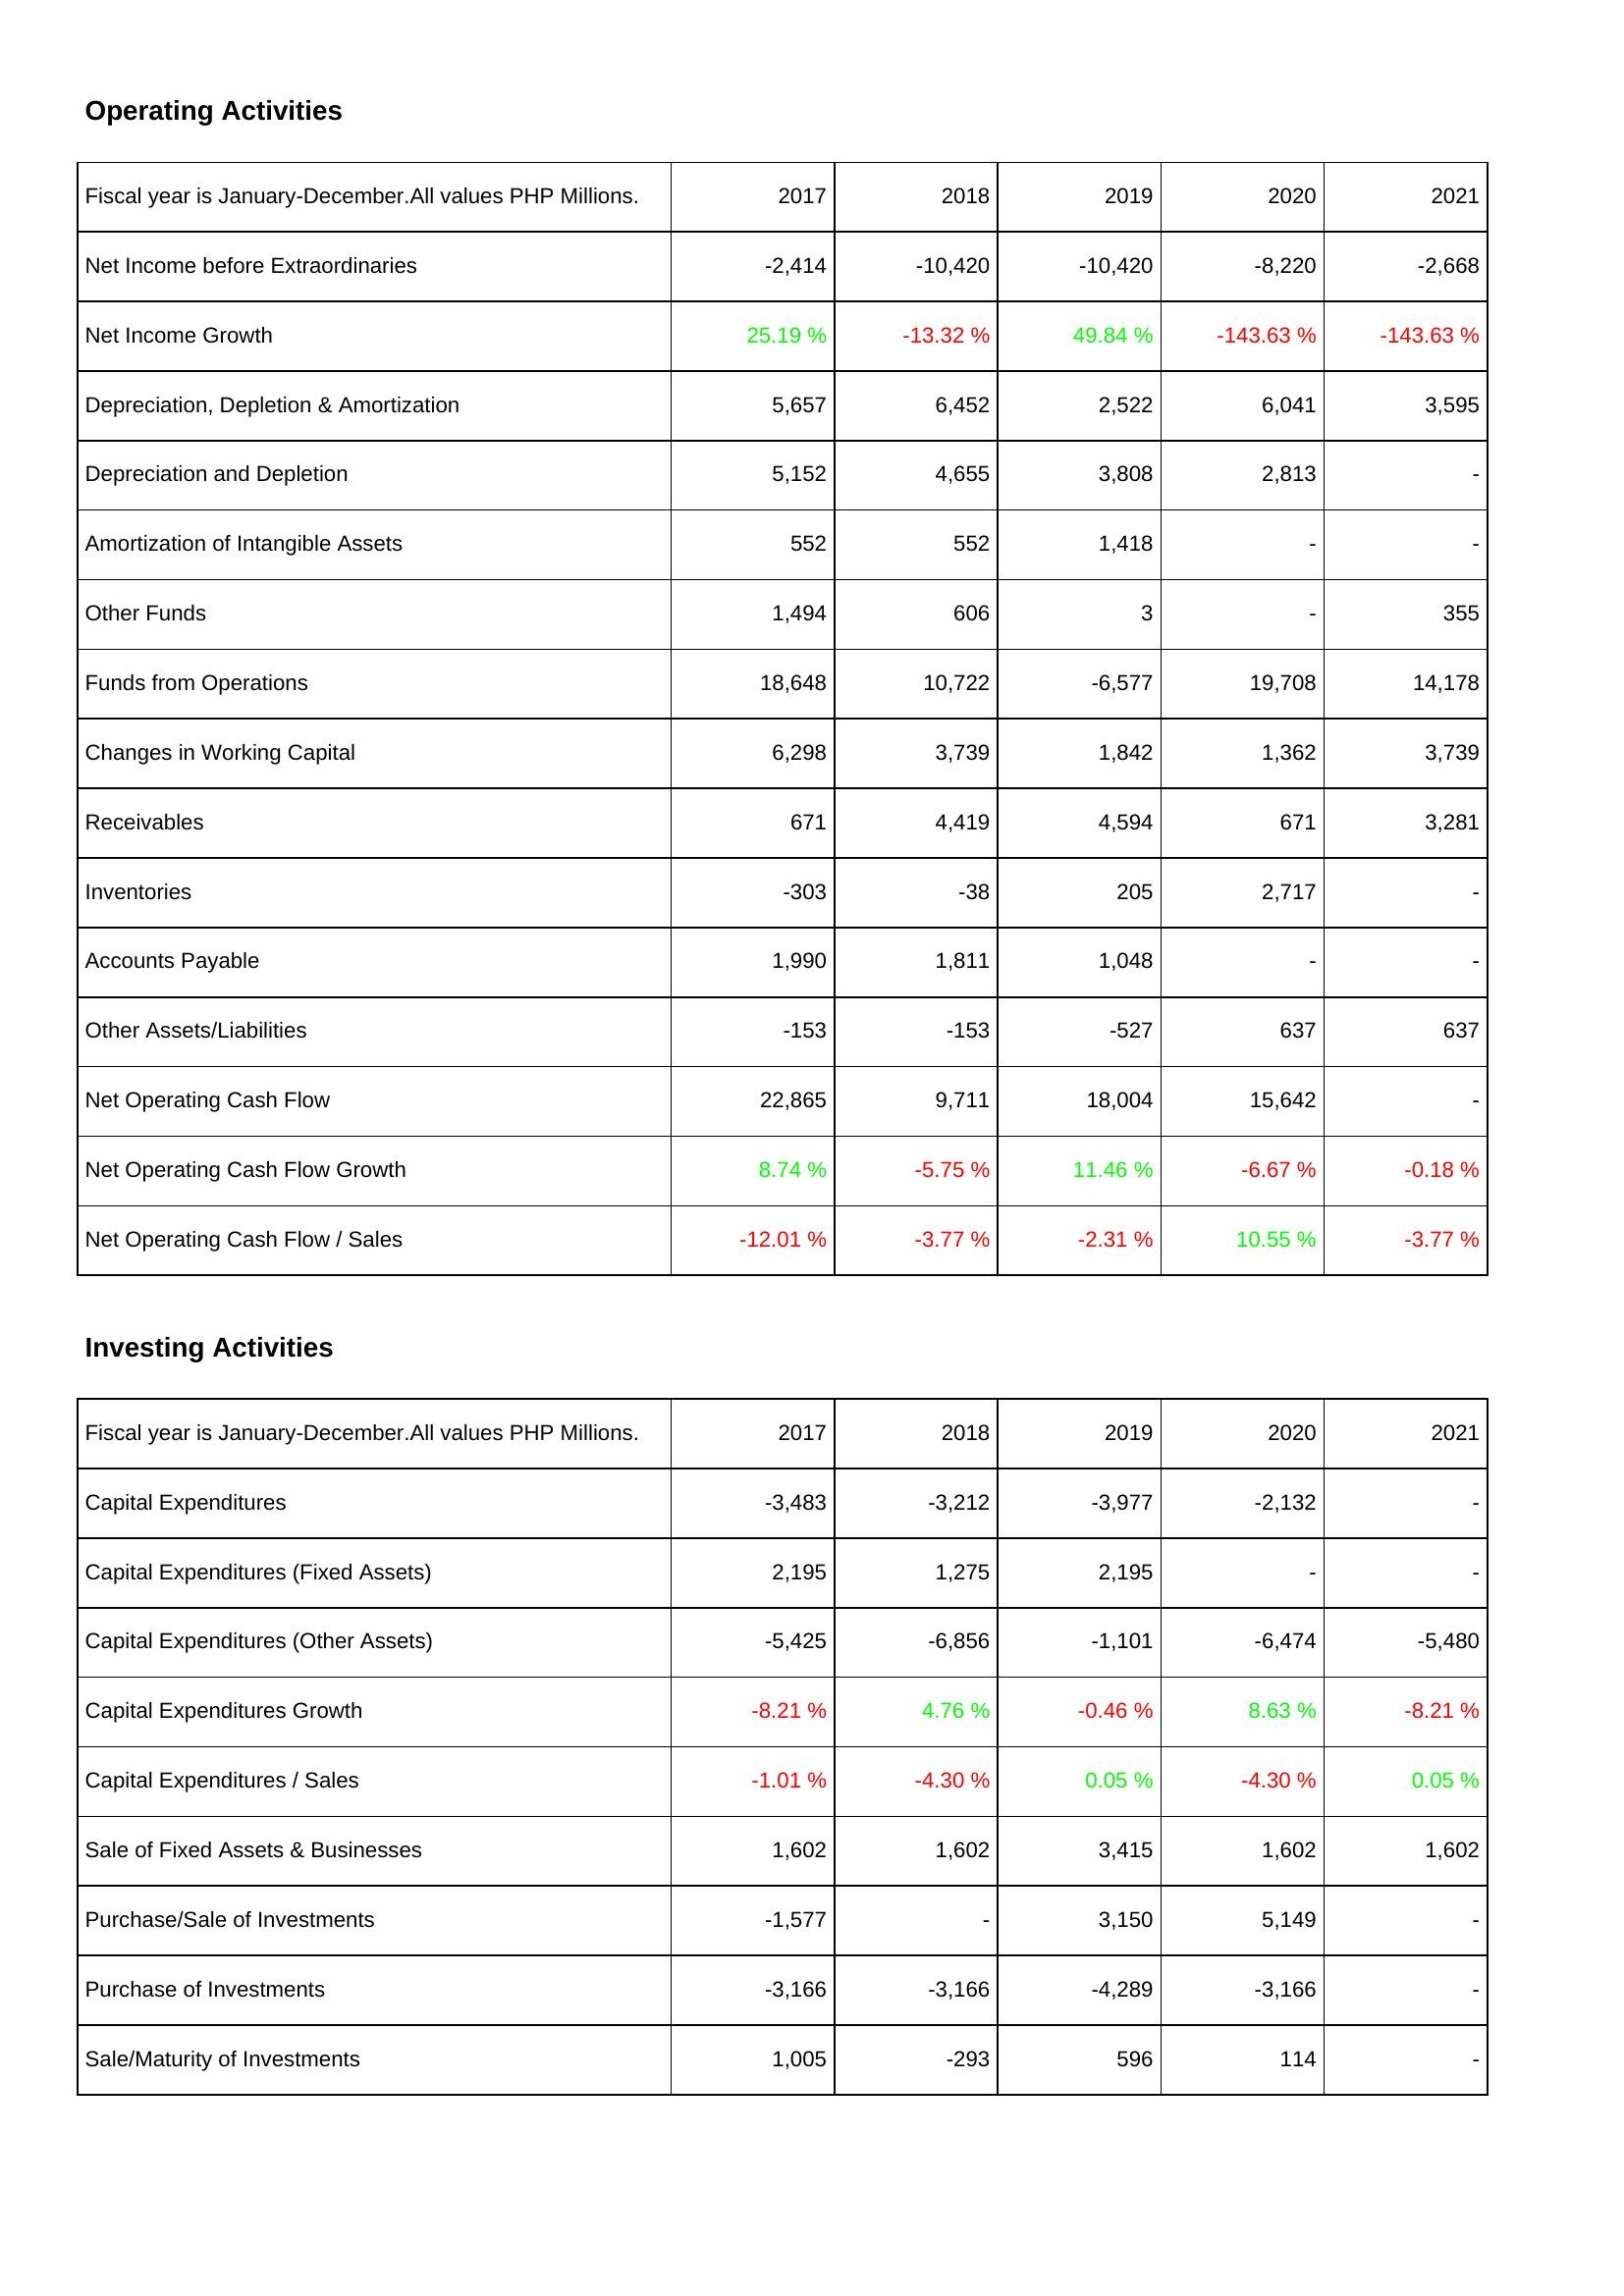
2017: Operating Activities: Net Income before Extraordinaries: -2,414
Net Income Growth: 25.19 %
Depreciation, Depletion & Amortization: 5,657
Depreciation and Depletion: 5,152
Amortization of Intangible Assets: 552
Other Funds: 1,494
Funds from Operations: 18,648
Changes in Working Capital: 6,298
Receivables: 671
Inventories: -303
Accounts Payable: 1,990
Other Assets/Liabilities: -153
Net Operating Cash Flow: 22,865
Net Operating Cash Flow Growth: 8.74 %
Net Operating Cash Flow / Sales: -12.01 %
Investing Activities: Capital Expenditures: -3,483
Capital Expenditures (Fixed Assets): 2,195
Capital Expenditures (Other Assets): -5,425
Capital Expenditures Growth: -8.21 %
Capital Expenditures / Sales: -1.01 %
Sale of Fixed Assets & Businesses: 1,602
Purchase/Sale of Investments: -1,577
Purchase of Investments: -3,166
Sale/Maturity of Investments: 1,005
2018: Operating Activities: Net Income before Extraordinaries: -10,420
Net Income Growth: -13.32 %
Depreciation, Depletion & Amortization: 6,452
Depreciation and Depletion: 4,655
Amortization of Intangible Assets: 552
Other Funds: 606
Funds from Operations: 10,722
Changes in Working Capital: 3,739
Receivables: 4,419
Inventories: -38
Accounts Payable: 1,811
Other Assets/Liabilities: -153
Net Operating Cash Flow: 9,711
Net Operating Cash Flow Growth: -5.75 %
Net Operating Cash Flow / Sales: -3.77 %
Investing Activities: Capital Expenditures: -3,212
Capital Expenditures (Fixed Assets): 1,275
Capital Expenditures (Other Assets): -6,856
Capital Expenditures Growth: 4.76 %
Capital Expenditures / Sales: -4.30 %
Sale of Fixed Assets & Businesses: 1,602
Purchase/Sale of Investments: -
Purchase of Investments: -3,166
Sale/Maturity of Investments: -293
2019: Operating Activities: Net Income before Extraordinaries: -10,420
Net Income Growth: 49.84 %
Depreciation, Depletion & Amortization: 2,522
Depreciation and Depletion: 3,808
Amortization of Intangible Assets: 1,418
Other Funds: 3
Funds from Operations: -6,577
Changes in Working Capital: 1,842
Receivables: 4,594
Inventories: 205
Accounts Payable: 1,048
Other Assets/Liabilities: -527
Net Operating Cash Flow: 18,004
Net Operating Cash Flow Growth: 11.46 %
Net Operating Cash Flow / Sales: -2.31 %
Investing Activities: Capital Expenditures: -3,977
Capital Expenditures (Fixed Assets): 2,195
Capital Expenditures (Other Assets): -1,101
Capital Expenditures Growth: -0.46 %
Capital Expenditures / Sales: 0.05 %
Sale of Fixed Assets & Businesses: 3,415
Purchase/Sale of Investments: 3,150
Purchase of Investments: -4,289
Sale/Maturity of Investments: 596
2020: Operating Activities: Net Income before Extraordinaries: -8,220
Net Income Growth: -143.63 %
Depreciation, Depletion & Amortization: 6,041
Depreciation and Depletion: 2,813
Amortization of Intangible Assets: -
Other Funds: -
Funds from Operations: 19,708
Changes in Working Capital: 1,362
Receivables: 671
Inventories: 2,717
Accounts Payable: -
Other Assets/Liabilities: 637
Net Operating Cash Flow: 15,642
Net Operating Cash Flow Growth: -6.67 %
Net Operating Cash Flow / Sales: 10.55 %
Investing Activities: Capital Expenditures: -2,132
Capital Expenditures (Fixed Assets): -
Capital Expenditures (Other Assets): -6,474
Capital Expenditures Growth: 8.63 %
Capital Expenditures / Sales: -4.30 %
Sale of Fixed Assets & Businesses: 1,602
Purchase/Sale of Investments: 5,149
Purchase of Investments: -3,166
Sale/Maturity of Investments: 114
2021: Operating Activities: Net Income before Extraordinaries: -2,668
Net Income Growth: -143.63 %
Depreciation, Depletion & Amortization: 3,595
Depreciation and Depletion: -
Amortization of Intangible Assets: -
Other Funds: 355
Funds from Operations: 14,178
Changes in Working Capital: 3,739
Receivables: 3,281
Inventories: -
Accounts Payable: -
Other Assets/Liabilities: 637
Net Operating Cash Flow: -
Net Operating Cash Flow Growth: -0.18 %
Net Operating Cash Flow / Sales: -3.77 %
Investing Activities: Capital Expenditures: -
Capital Expenditures (Fixed Assets): -
Capital Expenditures (Other Assets): -5,480
Capital Expenditures Growth: -8.21 %
Capital Expenditures / Sales: 0.05 %
Sale of Fixed Assets & Businesses: 1,602
Purchase/Sale of Investments: -
Purchase of Investments: -
Sale/Maturity of Investments: -